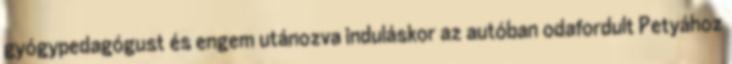
gyógypedagógust és engem utánozva induláskor az autóban odafordult Petyához